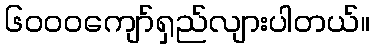
၆၀၀၀ကျော်ရှည်လျားပါတယ်။